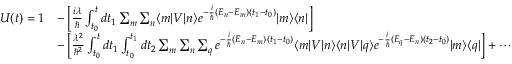
{ \begin{array} { r l } { U ( t ) = 1 } & { - \left[ { \frac { i \lambda } { \hbar } } \int _ { t _ { 0 } } ^ { t } d t _ { 1 } \sum _ { m } \sum _ { n } \langle m | V | n \rangle e ^ { - { \frac { i } { \hbar } } ( E _ { n } - E _ { m } ) ( t _ { 1 } - t _ { 0 } ) } | m \rangle \langle n | \right] } \\ & { - \left[ { \frac { \lambda ^ { 2 } } { \hbar ^ { 2 } } } \int _ { t _ { 0 } } ^ { t } d t _ { 1 } \int _ { t _ { 0 } } ^ { t _ { 1 } } d t _ { 2 } \sum _ { m } \sum _ { n } \sum _ { q } e ^ { - { \frac { i } { \hbar } } ( E _ { n } - E _ { m } ) ( t _ { 1 } - t _ { 0 } ) } \langle m | V | n \rangle \langle n | V | q \rangle e ^ { - { \frac { i } { \hbar } } ( E _ { q } - E _ { n } ) ( t _ { 2 } - t _ { 0 } ) } | m \rangle \langle q | \right] + \cdots } \end{array} }